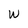
Character: w